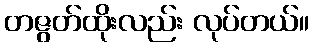
တဇွတ်ထိုးလည်း လုပ်တယ်။